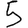
Digit: 5